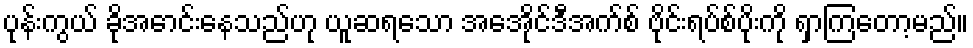
ပုန်းကွယ် ခိုအောင်းနေသည်ဟု ယူဆရသော အေအိုင်ဒီအက်စ် ဗိုင်းရပ်စ်ပိုးကို ရှာကြတော့မည်။